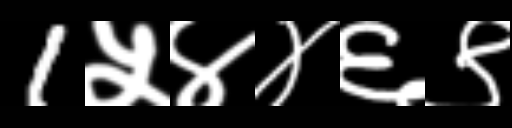
Text: 1५४४६९